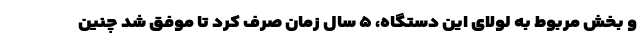
و بخش مربوط به لولای این دستگاه، ۵ سال زمان صرف کرد تا موفق شد چنین